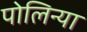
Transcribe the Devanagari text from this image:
पोलिन्या